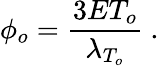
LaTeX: \phi_{o}={\frac{3ET_{o}}{\lambda_{T_{o}}}}\ .